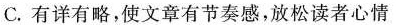
C.有详有略，使文章有节奏感，放松读者心情